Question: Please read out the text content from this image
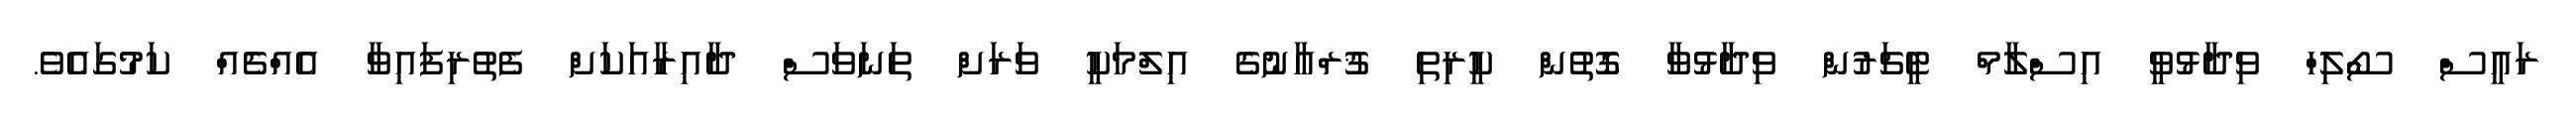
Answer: ރައީސް ސޯލިހް ވިދާޅުވީ އިސްލާމް ޓީޗަރުން ވިދާޅުވާ ގޮތުން ކީރިތި ޤުރްއާނުގެ އިލްމަކީ ވަރަށް ތަނަވަސް ދާއިރާއަކަށް ފެތުރިފައިވާ އެއްޗެއް ކަމުގައެވެ.